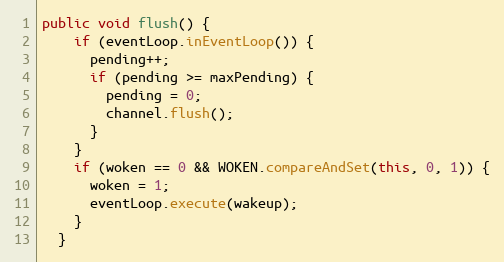
Language: Java
public void flush() {
    if (eventLoop.inEventLoop()) {
      pending++;
      if (pending >= maxPending) {
        pending = 0;
        channel.flush();
      }
    }
    if (woken == 0 && WOKEN.compareAndSet(this, 0, 1)) {
      woken = 1;
      eventLoop.execute(wakeup);
    }
  }